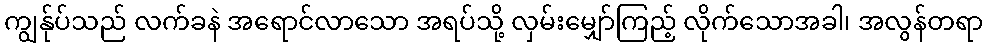
ကျွန်ုပ်သည် လက်ခနဲ အရောင်လာသော အရပ်သို့ လှမ်းမျှော်ကြည့် လိုက်သောအခါ၊ အလွန်တရာ